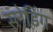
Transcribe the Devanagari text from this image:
स्लेडिंग